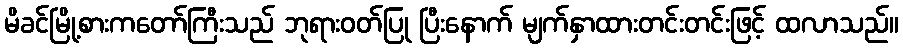
မိခင်မြို့စားကတော်ကြီးသည် ဘုရားဝတ်ပြု ပြီးနောက် မျက်နှာထားတင်းတင်းဖြင့် ထလာသည်။